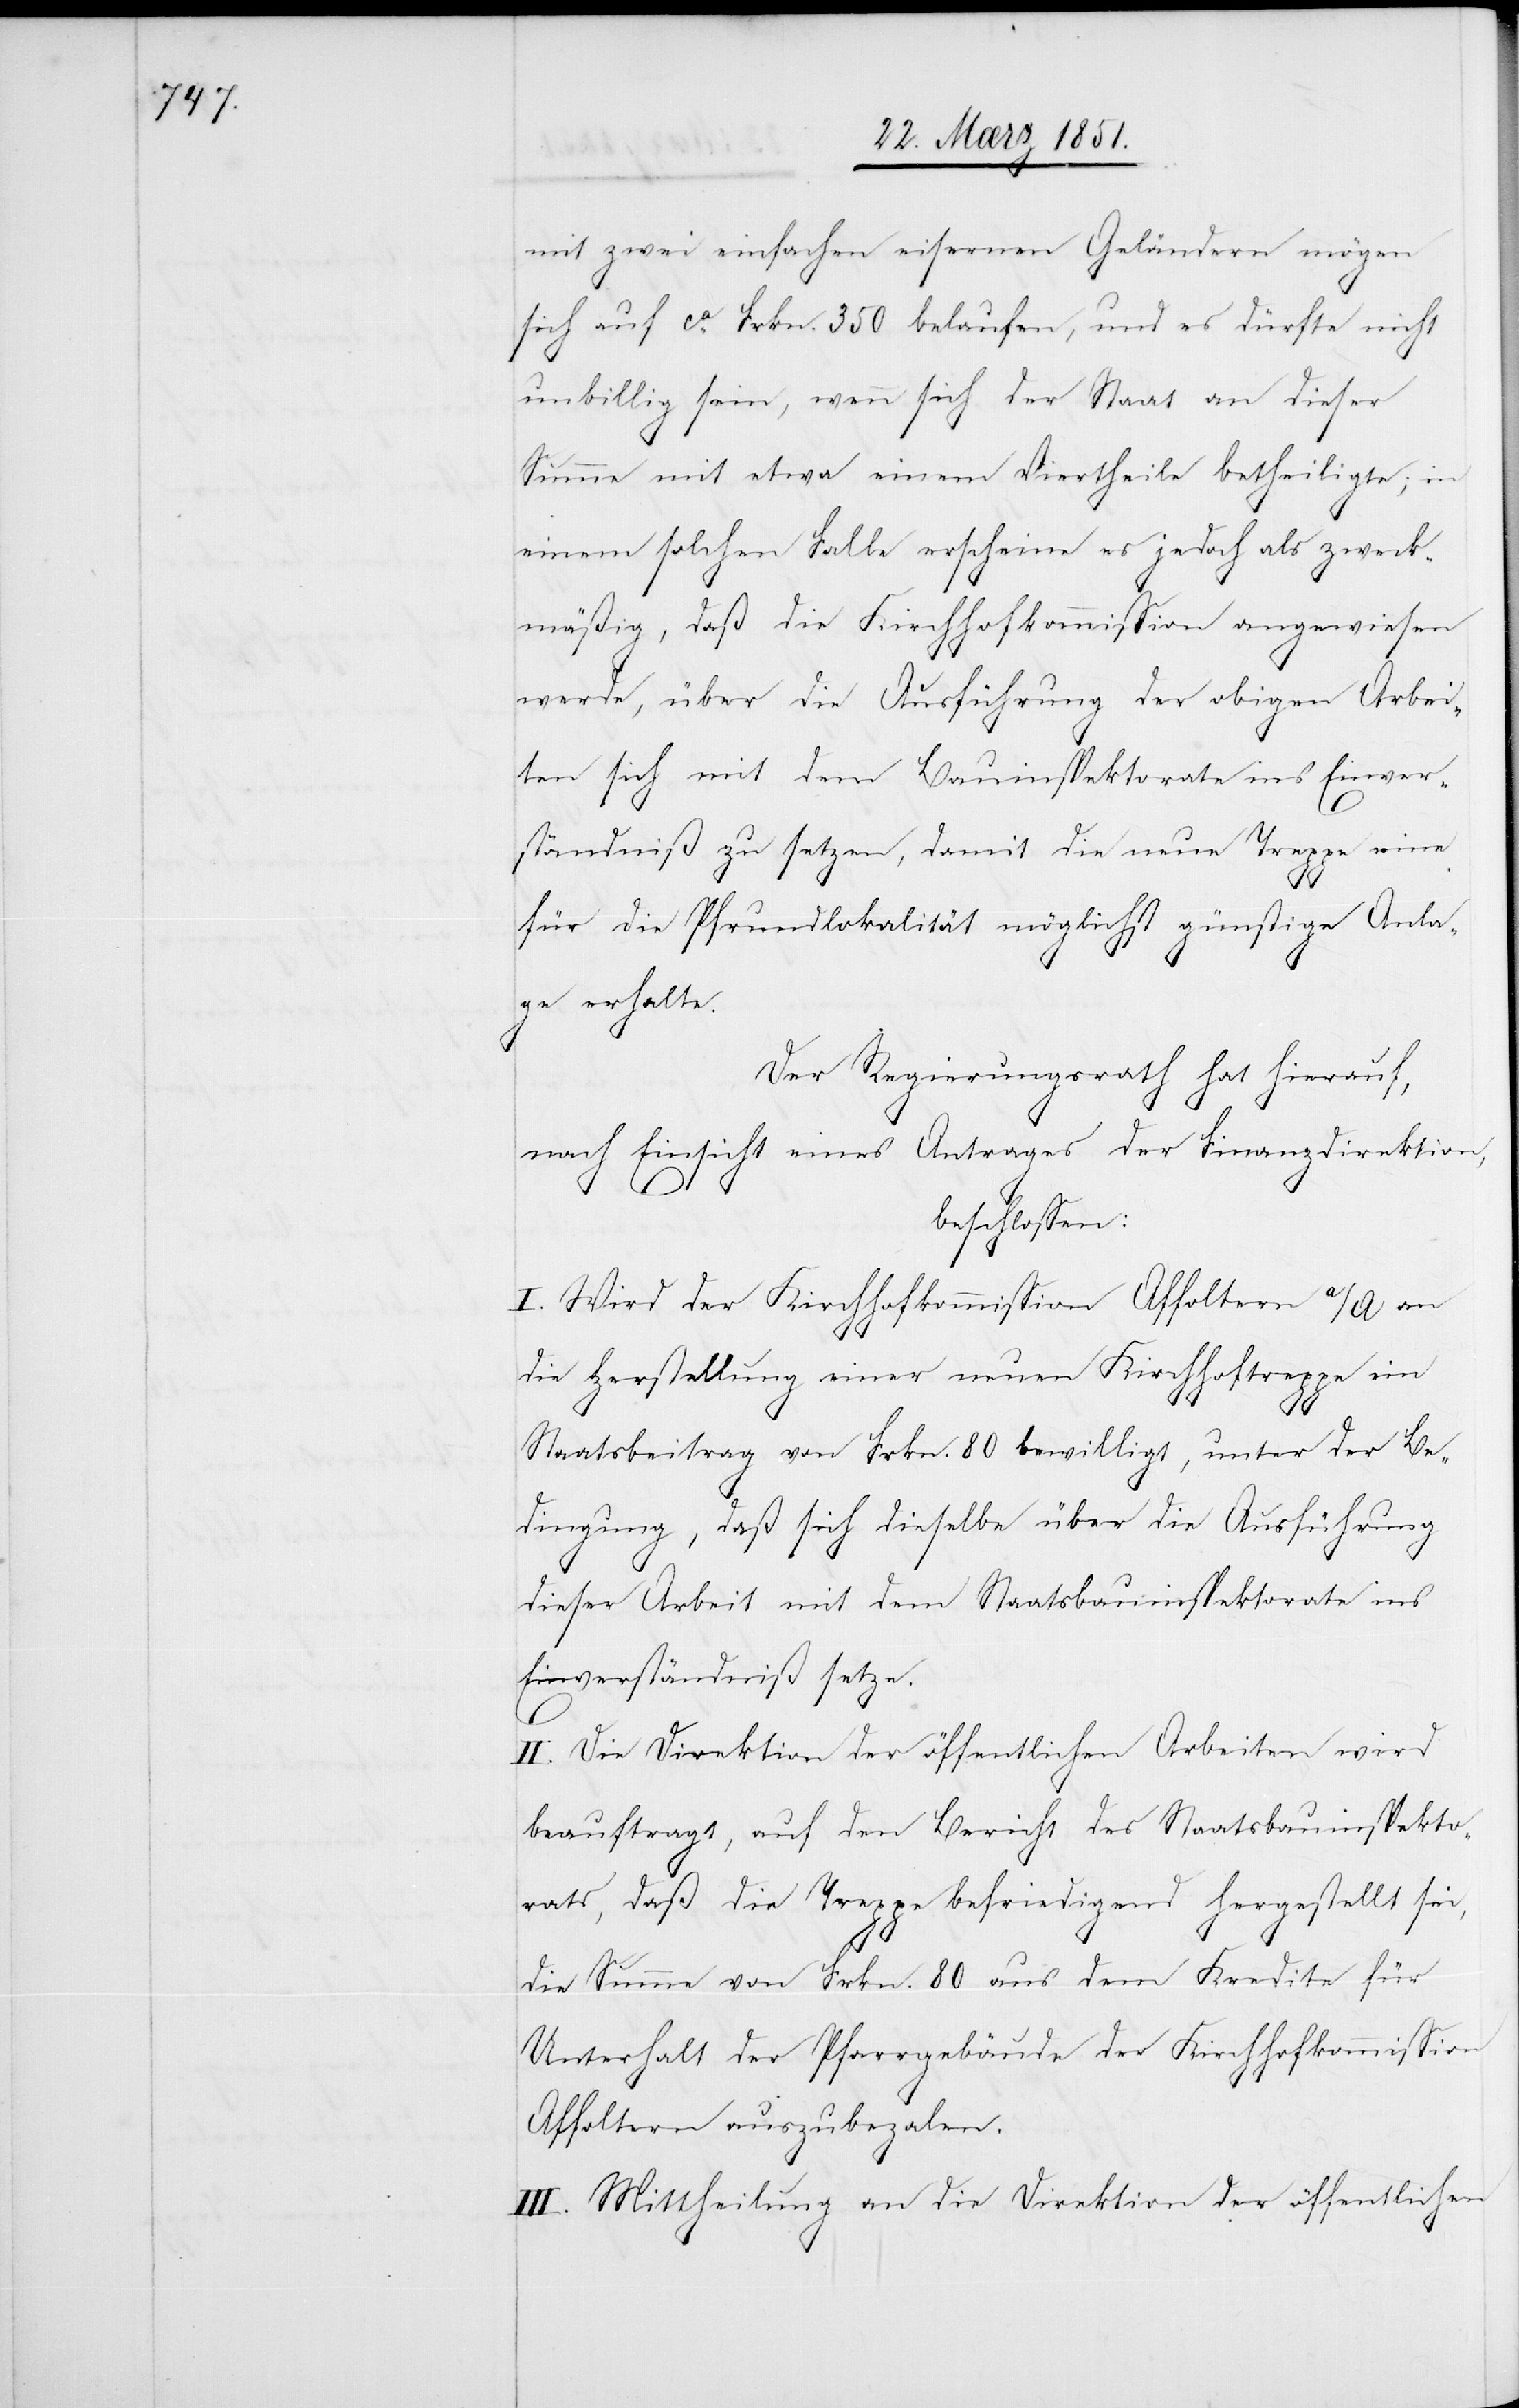
mit zwei einfachen eisernen Geländern mögen
sich auf ca. Frkn. 350 belaufen, und es dürfte nicht
unbillig sein, wenn sich der Staat an dieser
Summe mit etwa einem Viertheile betheiligte; in
einem solchen Falle erscheine es jedoch als zweck¬
mäßig, daß die Kirchhofkommission angewiesen
werde, über die Ausführung der obigen Arbei¬
ten sich mit dem Bauinspektorate ins Einver¬
ständniß zu setzen, damit die neue Treppe eine
für die Pfrundlokalität möglichst günstige Anla¬
ge erhalte.
Der Regierungsrath hat hierauf,
nach Einsicht eines Antrages der Finanzdirektion,
beschlossen:
I. Wird der Kirchhofkommission Affoltern a/A an
die Herstellung einer neuen Kirchhoftreppe ein
Staatsbeitrag von Frkn. 80 bewilligt, unter der Be¬
dingung, daß sich dieselbe über die Ausführung
dieser Arbeit mit dem Staatsbauinspektorate ins
Einverständniß setze.
II. Die Direktion der öffentlichen Arbeiten wird
beauftragt, auf den Bericht des Staatsbauinspekto¬
rats, daß die Treppe befriedigend hergestellt sei,
die Summe von Frkn. 80 aus dem Kredite für
Unterhalt der Pfarrgebäude der Kirchhofkommission
Affoltern auszubeza[h]len.
III. Mittheilung an die Direktion der öffentlichen